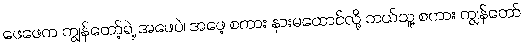
ဖေဖေက ကျွန်တော့်ရဲ့ အဖေပဲ၊ အဖေ့ စကား နားမထောင်လို့ ဘယ်သူ့ စကား ကျွန်တော်